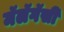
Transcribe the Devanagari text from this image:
मॅलॅगॅसी